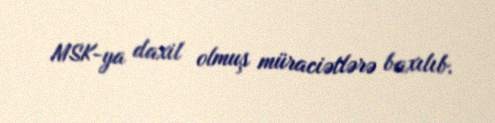
MSK-ya daxil olmuş müraciətlərə baxılıb.